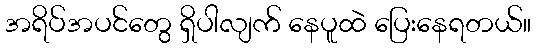
အရိပ်အပင်တွေ ရှိပါလျက် နေပူထဲ ပြေးနေရတယ်။